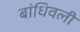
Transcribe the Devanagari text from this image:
बांधिवली